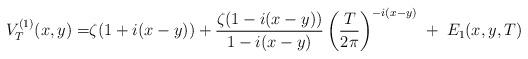
LaTeX: \begin{align*}V_T^{(1)}(x,y)=&\zeta(1+i(x-y))+\frac{\zeta(1-i(x-y))}{1-i(x-y)}\left(\frac{T}{2\pi}\right)^{-i(x-y)}\;+\; E_1(x,y,T)\end{align*}